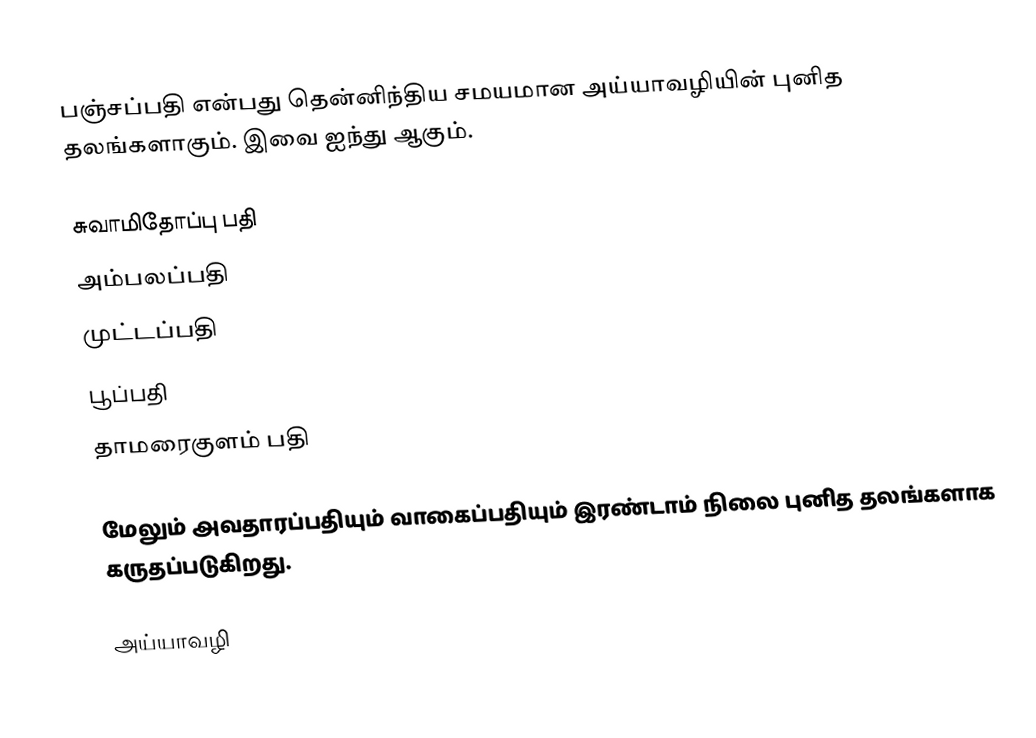
பஞ்சப்பதி என்பது தென்னிந்திய சமயமான அய்யாவழியின் புனித தலங்களாகும். இவை ஐந்து ஆகும்.

 சுவாமிதோப்பு பதி
 அம்பலப்பதி
 முட்டப்பதி
 பூப்பதி
 தாமரைகுளம் பதி

மேலும் அவதாரப்பதியும் வாகைப்பதியும் இரண்டாம் நிலை புனித தலங்களாக கருதப்படுகிறது.

அய்யாவழி